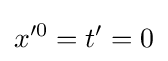
x^{\prime 0}=t'=0